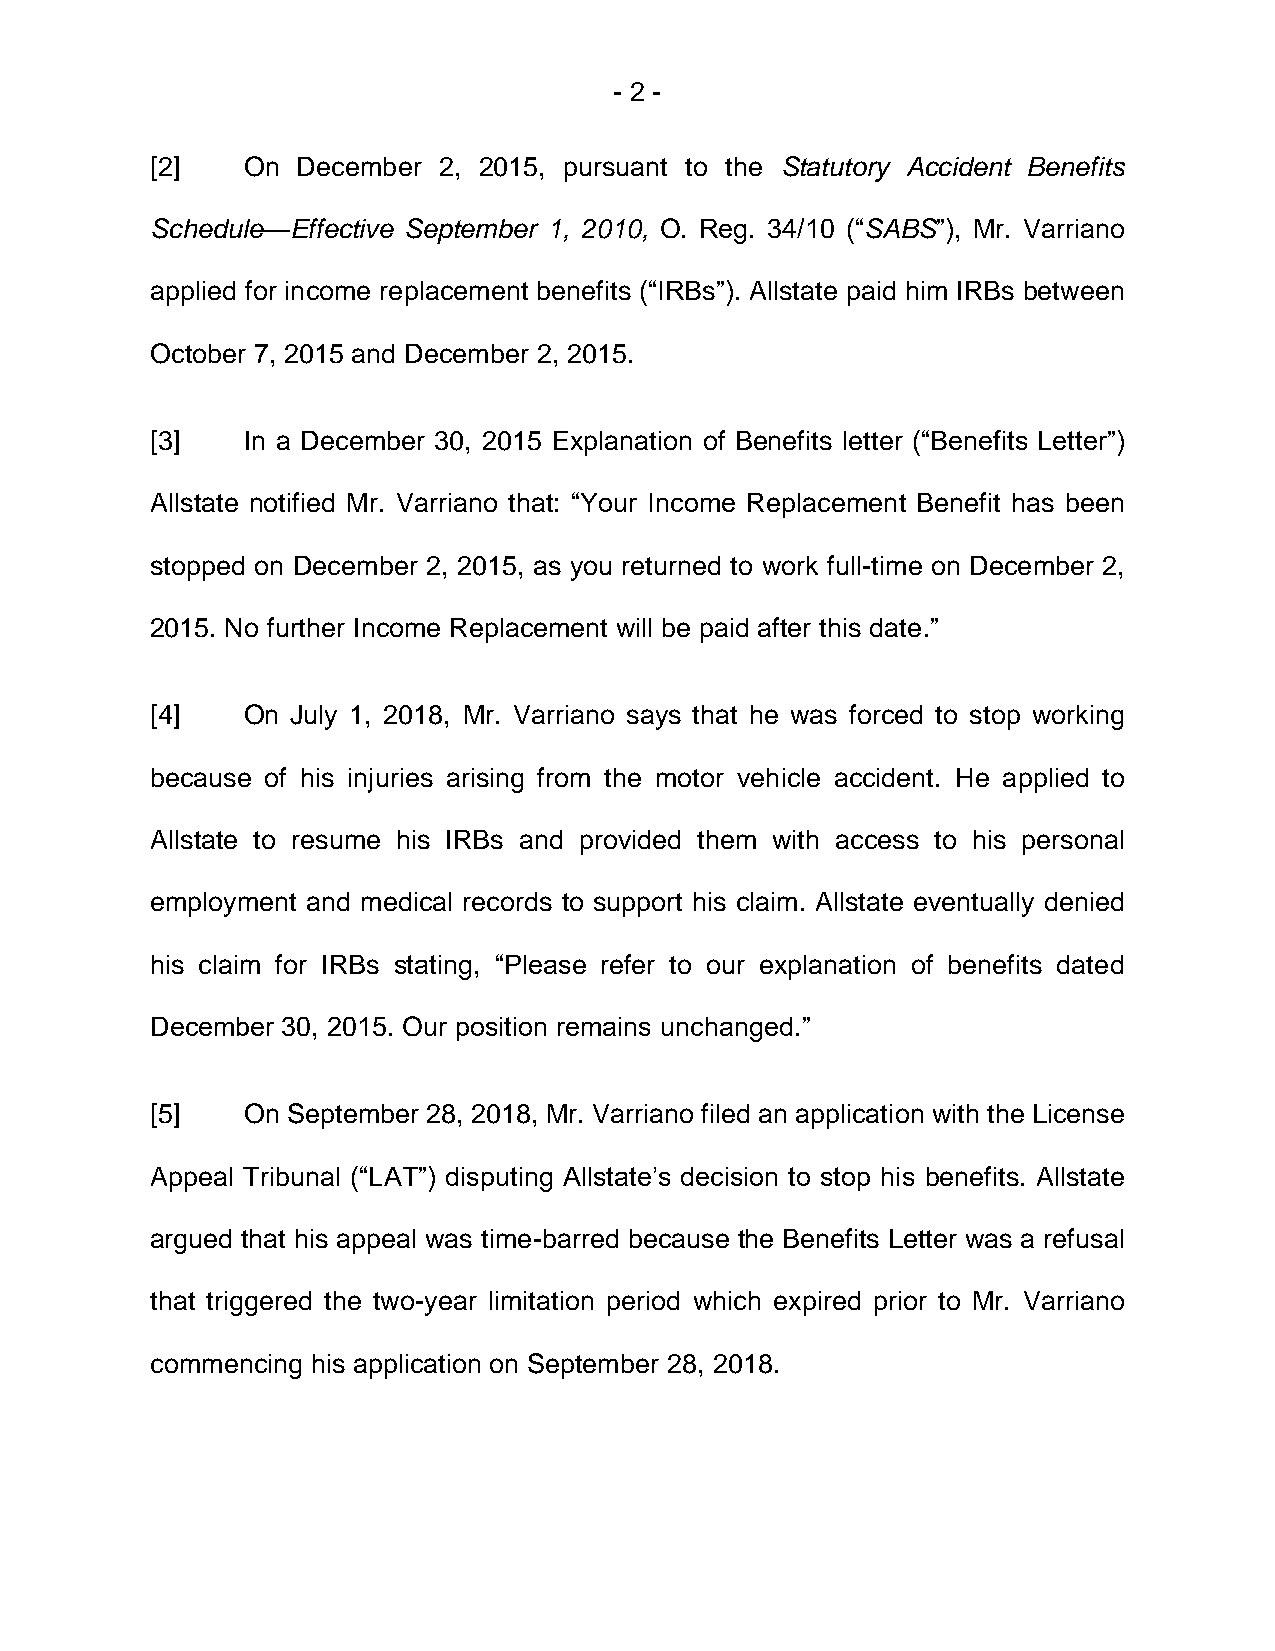
- 2 -
 [2]   On  December 2, 2015, pursuant to the Statutory Accident Benefits
 Schedule—Effective September 1, 2010, O. Reg. 34/10 (“SABS”), Mr. Varriano
 applied for income replacement benefits (“IRBs”). Allstate paid him IRBs between
 October 7, 2015 and December 2, 2015.
 [3]   In a December 30, 2015 Explanation of Benefits letter (“Benefits Letter”)
 Allstate notified Mr. Varriano that: “Your Income Replacement Benefit has been
 stopped on December 2, 2015, as you returned to work full-time on December 2,
 2015. No further Income Replacement will be paid after this date.”
 [4]   On July 1, 2018, Mr. Varriano says that he was forced to stop working
 because of his injuries arising from the motor vehicle accident. He applied to
 Allstate to resume his IRBs and provided them with access to his personal
 employment and medical records to support his claim. Allstate eventually denied
 his claim for IRBs stating, “Please refer to our explanation of benefits dated
 December 30, 2015. Our position remains unchanged.”
 [5]   On September 28, 2018, Mr. Varriano filed an application with the License
 Appeal Tribunal (“LAT”) disputing Allstate’s decision to stop his benefits. Allstate
 argued that his appeal was time-barred because the Benefits Letter was a refusal
 that triggered the two-year limitation period which expired prior to Mr. Varriano
 commencing his application on September 28, 2018.